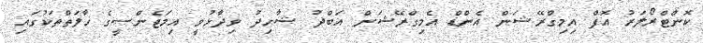
ކޮންޓްރޯލަރު އޮފް އިމިގްރޭޝަން އެންޑް އެމިގްރޭޝަން އަބްދު ޝާހިދު ވިދާޅުވީ އިމަޖެންސީގެ ހާލަތްތަކުގައި